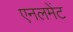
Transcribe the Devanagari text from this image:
एनलमेंट